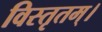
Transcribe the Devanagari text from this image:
विस्तृतम्।